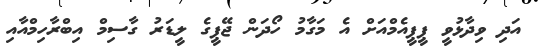
އަދި ވިދާޅުވީ ޕީޕީއެމްއަށް އެ މަގާމު ހޯދަން ޖޭޕީގެ ލީޑަރު ގާސިމް އިބްރާހިމްއާއި